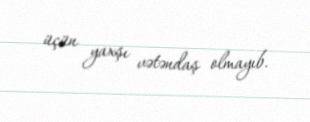
üçün yaxşı vətəndaş olmayıb.